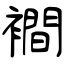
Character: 襇